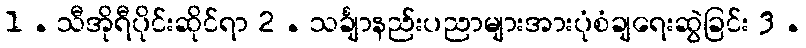
1 . သီအိုရီပိုင်းဆိုင်ရာ 2 . သင်္ချာနည်းပညာများအားပုံစံချရေးဆွဲခြင်း 3 .